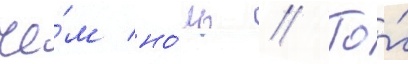
че́м но́ль // То́